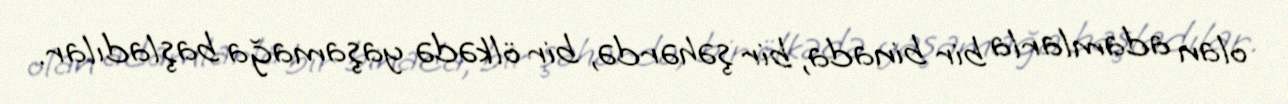
olan adamlarla bir binada, bir şəhərdə, bir ölkədə yaşamağa başladılar.